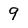
Character: 9